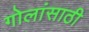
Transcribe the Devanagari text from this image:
गोलांसाठी